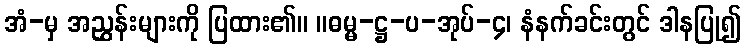
အံ-မှ အညွှန်းများကို ပြထား၏။ ။ဓမ္မ-ဋ္ဌ-ပ-အုပ်-၄၊ နံနက်ခင်းတွင် ဒါနပြု၍